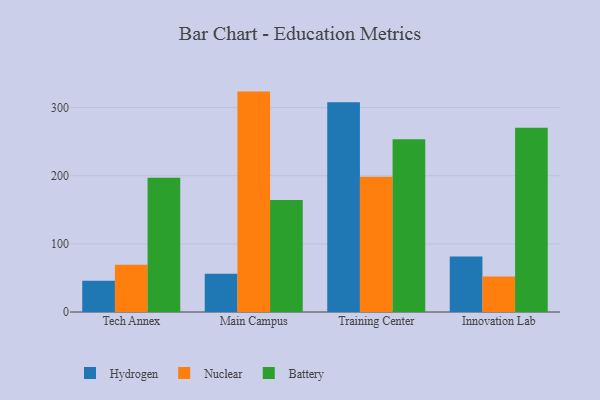
{"axis": {"x": "Campus", "y": "Revenue (USD Million)"}, "legend": ["Battery", "Hydrogen", "Nuclear"], "data": [{"x": "Tech Annex", "y": 45.7, "type": "Hydrogen"}, {"x": "Tech Annex", "y": 69.5, "type": "Nuclear"}, {"x": "Tech Annex", "y": 196.9, "type": "Battery"}, {"x": "Main Campus", "y": 56.0, "type": "Hydrogen"}, {"x": "Main Campus", "y": 323.4, "type": "Nuclear"}, {"x": "Main Campus", "y": 164.3, "type": "Battery"}, {"x": "Training Center", "y": 307.8, "type": "Hydrogen"}, {"x": "Training Center", "y": 198.4, "type": "Nuclear"}, {"x": "Training Center", "y": 253.3, "type": "Battery"}, {"x": "Innovation Lab", "y": 81.3, "type": "Hydrogen"}, {"x": "Innovation Lab", "y": 52.1, "type": "Nuclear"}, {"x": "Innovation Lab", "y": 270.5, "type": "Battery"}]}